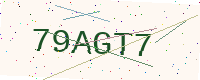
Text: 79AGT7